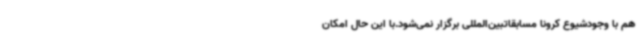
هم با وجودشیوع کرونا مسابقاتبین‌المللی برگزار نمی‌شود.با این حال امکان